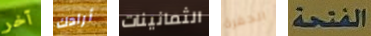
آخر أرادك الثمانينات الحفرة الفتحة